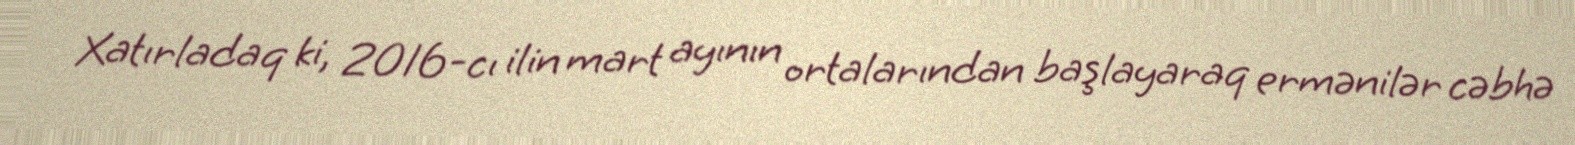
Xatırladaq ki, 2016-cı ilin mart ayının ortalarından başlayaraq ermənilər cəbhə